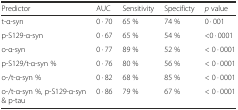
<table><thead><tr><td><b>Predictor</b></td><td><b>AUC</b></td><td><b>Sensitivity</b></td><td><b>Specificty</b></td><td><b><i>p</i> value</b></td></tr></thead><tbody><tr><td>t-α-syn</td><td>0 · 70</td><td>65 %</td><td>74 %</td><td>0 · 001</td></tr><tr><td>p-S129-α-syn</td><td>0 · 67</td><td>65 %</td><td>54 %</td><td>&lt;0 · 0001</td></tr><tr><td>o-α-syn</td><td>0 · 77</td><td>89 %</td><td>52 %</td><td>&lt; 0 · 0001</td></tr><tr><td>p-S129/t-α-syn %</td><td>0 · 76</td><td>80 %</td><td>56 %</td><td>&lt; 0 · 0001</td></tr><tr><td>o-/t-α-syn %</td><td>0 · 82</td><td>68 %</td><td>85 %</td><td>&lt; 0 · 0001</td></tr><tr><td>o-/t-α-syn %, p-S129-α-syn &amp; p-tau</td><td>0 · 86</td><td>79 %</td><td>67 %</td><td>&lt; 0 · 0001</td></tr></tbody></table>